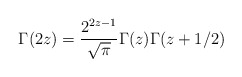
\begin{align*}\Gamma(2z) = \frac{2^{2z-1}}{\sqrt{\pi}}\Gamma(z)\Gamma(z+1/2)\end{align*}